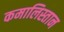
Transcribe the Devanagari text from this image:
कमालिस्तान